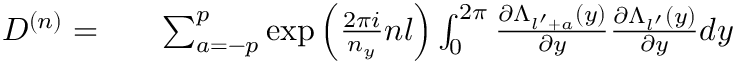
\begin{array} { r l r } { D ^ { ( n ) } = } & { { } } & { \sum _ { a = - p } ^ { p } \exp { \left( \frac { 2 \pi i } { n _ { y } } n l \right) } \int _ { 0 } ^ { 2 \pi } \frac { \partial \Lambda _ { l ^ { \prime } + a } ( y ) } { \partial y } \frac { \partial \Lambda _ { l ^ { \prime } } ( y ) } { \partial y } d y } \end{array}